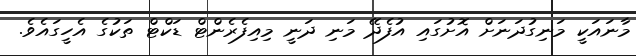
މާނައަކީ މަނިގުދަނަށް އޮށުގައި އުފެދޭ މަނި ދަނީ މިއިފެރެންޓް ޑަކްޓް ތަކުގެ އެހީގައެވެ.